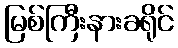
မြစ်ကြီးနားခရိုင်